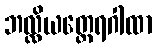
ဘလ္လိယတ္ထေရဂါထာ